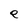
Character: e